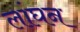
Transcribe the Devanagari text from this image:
लांघन